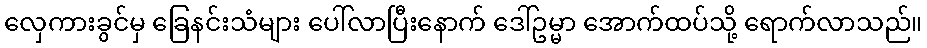
လှေကားခွင်မှ ခြေနင်းသံများ ပေါ်လာပြီးနောက် ဒေါ်ဥမ္မာ အောက်ထပ်သို့ ရောက်လာသည်။